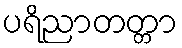
ပရိညာတတ္တာ